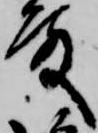
殿